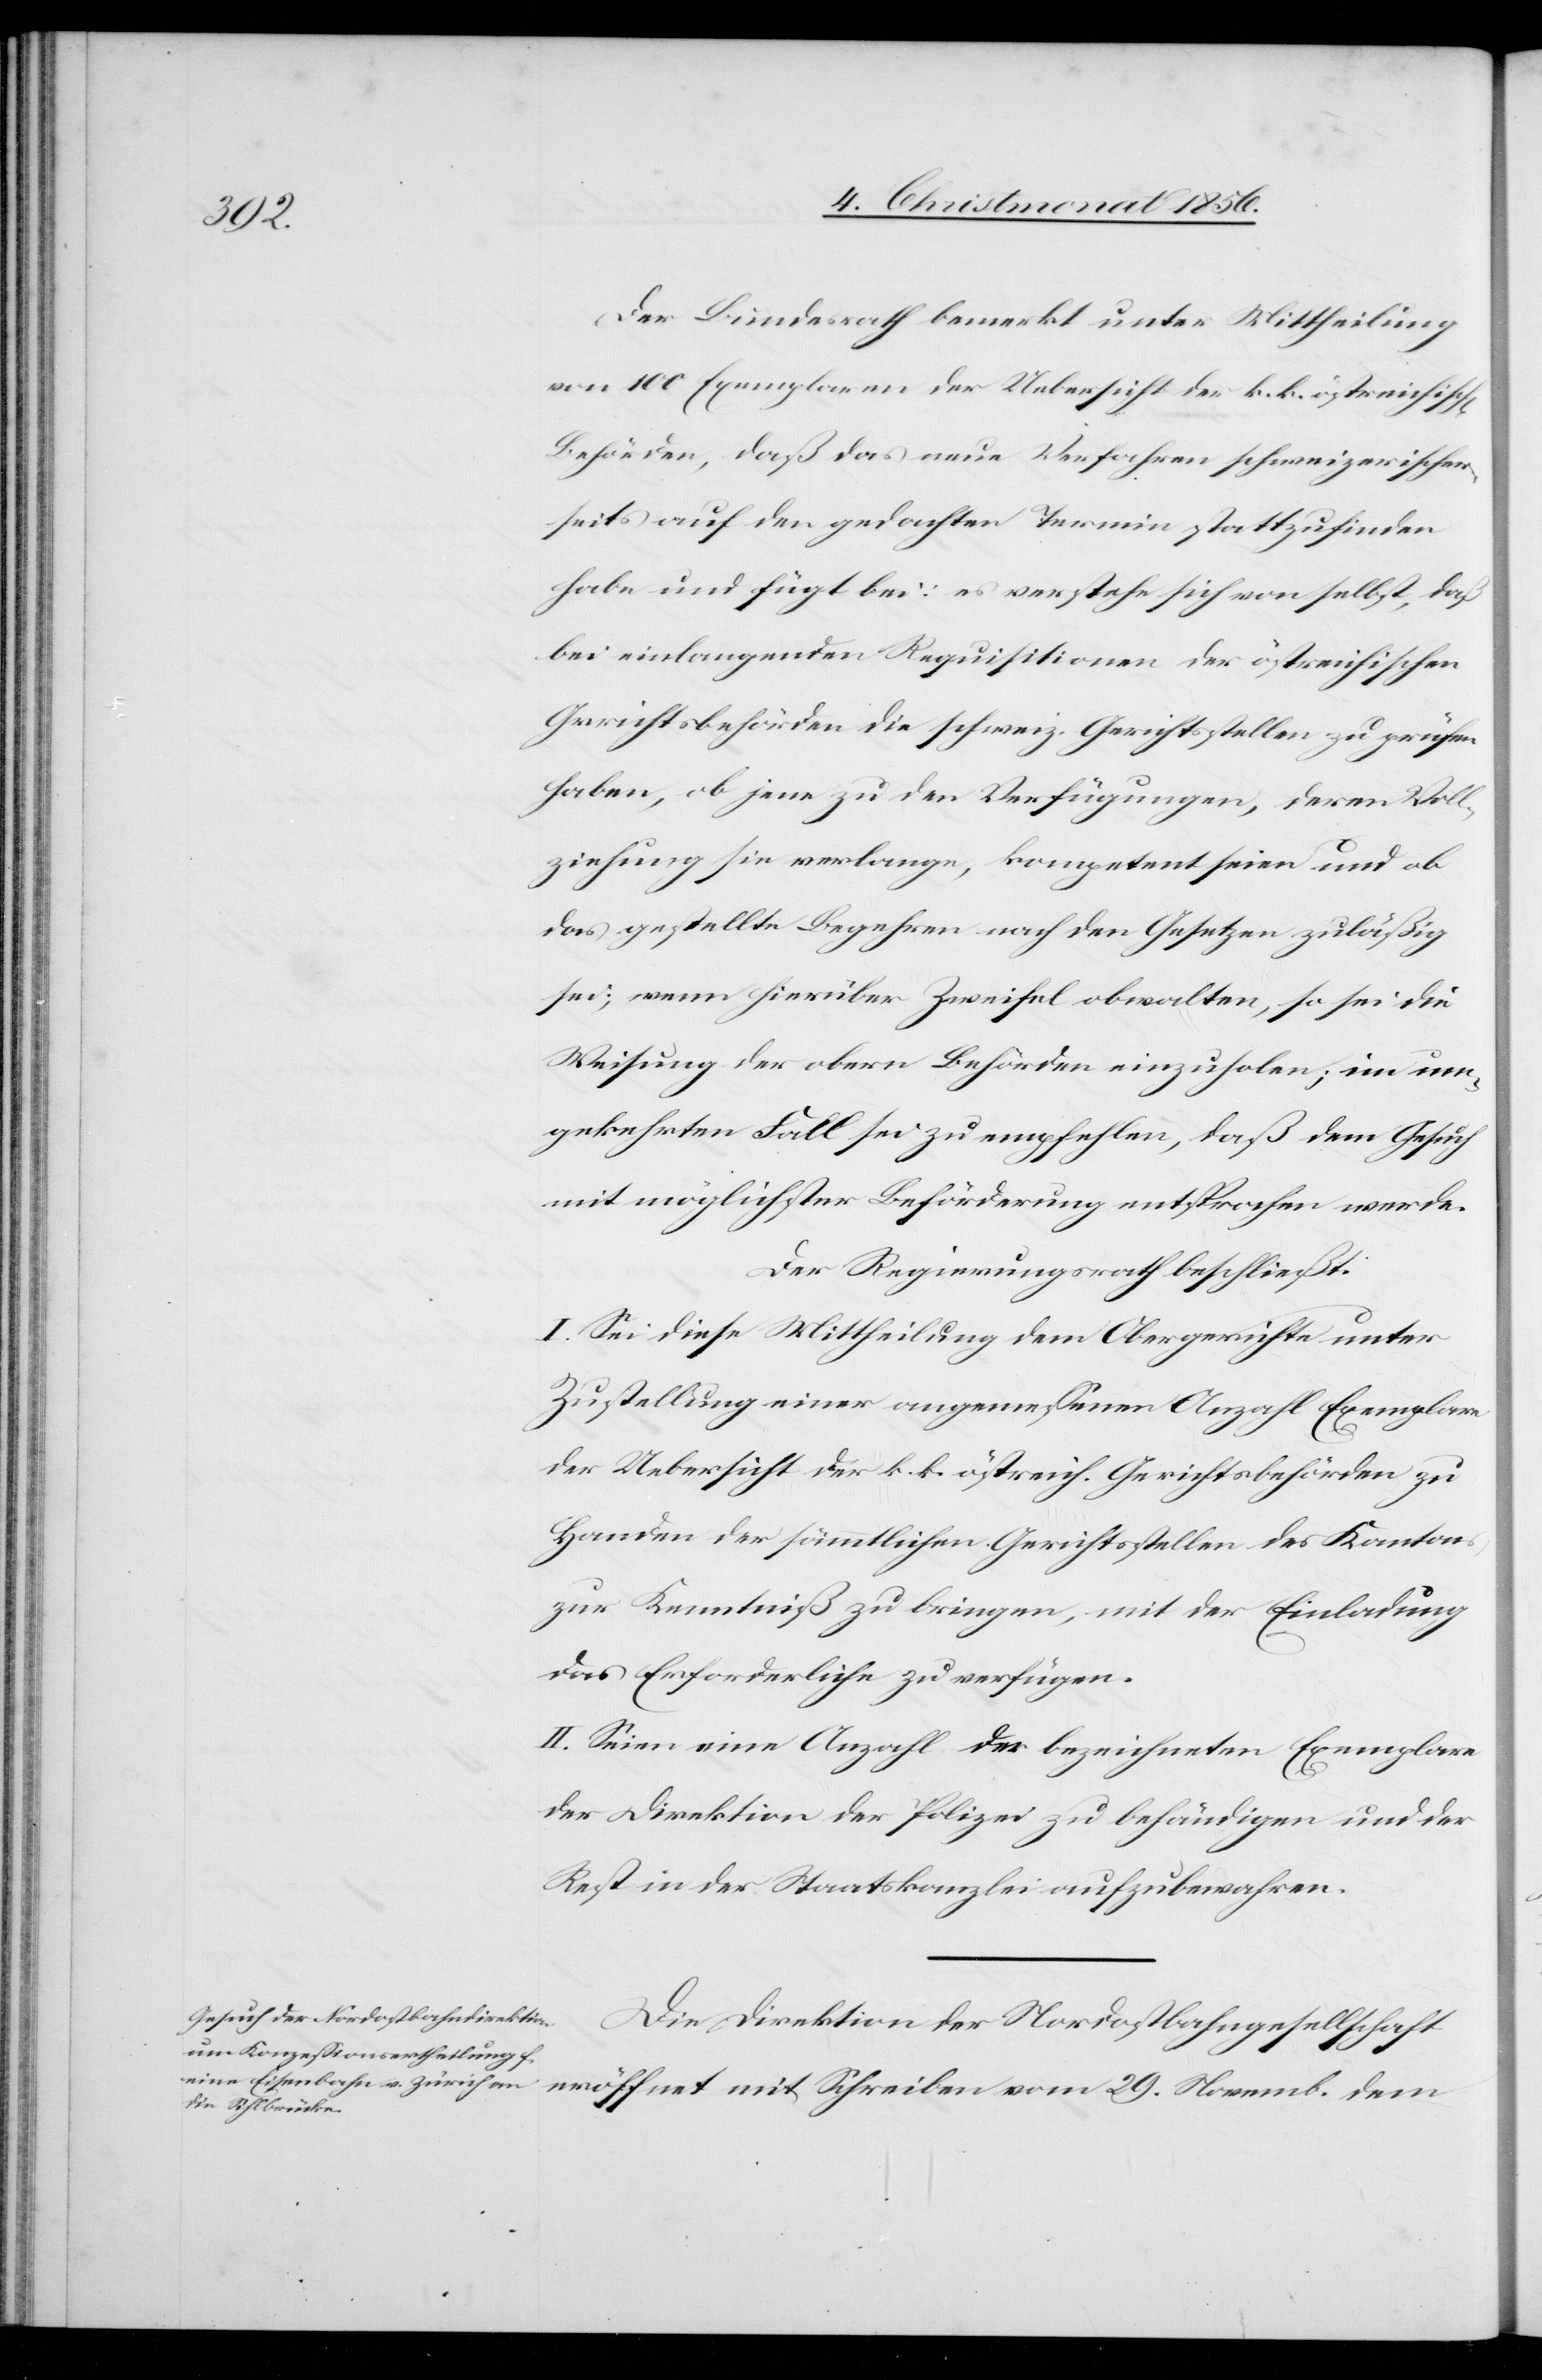
29.

Der Bundesrath bemerkt unter Mittheilung
von 100 Exemplaren der Uebersicht der k. k. östreichisc¬
Behörden, daß das neue Verfahren schweizerischer¬
seits auf den gedachten Termin stattzufinden
habe und fügt bei: es verstehe sich von selbst, daß
bei einlangenden Requisitionen der östreichischen
Gerichtsbehörden die schweiz. Gerichtsstellen zu prüfen
haben, ob jene zu den Verfügungen, deren Voll¬
ziehung sie verlange, kompetent seien und ob
das gestellte Begehren nach den Gesetzen zuläßig
sei; wenn hierüber Zweifel obwalten, so sei die
Weisung der obern Behörden einzuholen; im um¬
gekehrten Fall sei zu empfehlen, daß dem Gesuch
mit möglichster Beförderung entsprochen werde.
Der Regierungsrath beschließt:
I. Sei diese Mittheilung dem Obergerichte unter
Zustellung einer angemessenen Anzahl Exemplare
der Uebersicht der k. k. östreich. Gerichtsbehörden zu
Handen der sämmtlichen Gerichtsstellen des Kantons
zur Kenntniß zu bringen, mit der Einladung
das Erforderliche zu verfügen.
II. Seien eine Anzahl der bezeichneten Exemplare
der Direktion der Polizei zu behändigen und der
Rest in der Staatskanzlei aufzubewahren.
Die Direktion der Nordostbahngesellschaft